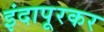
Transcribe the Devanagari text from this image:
इंदापूरकर